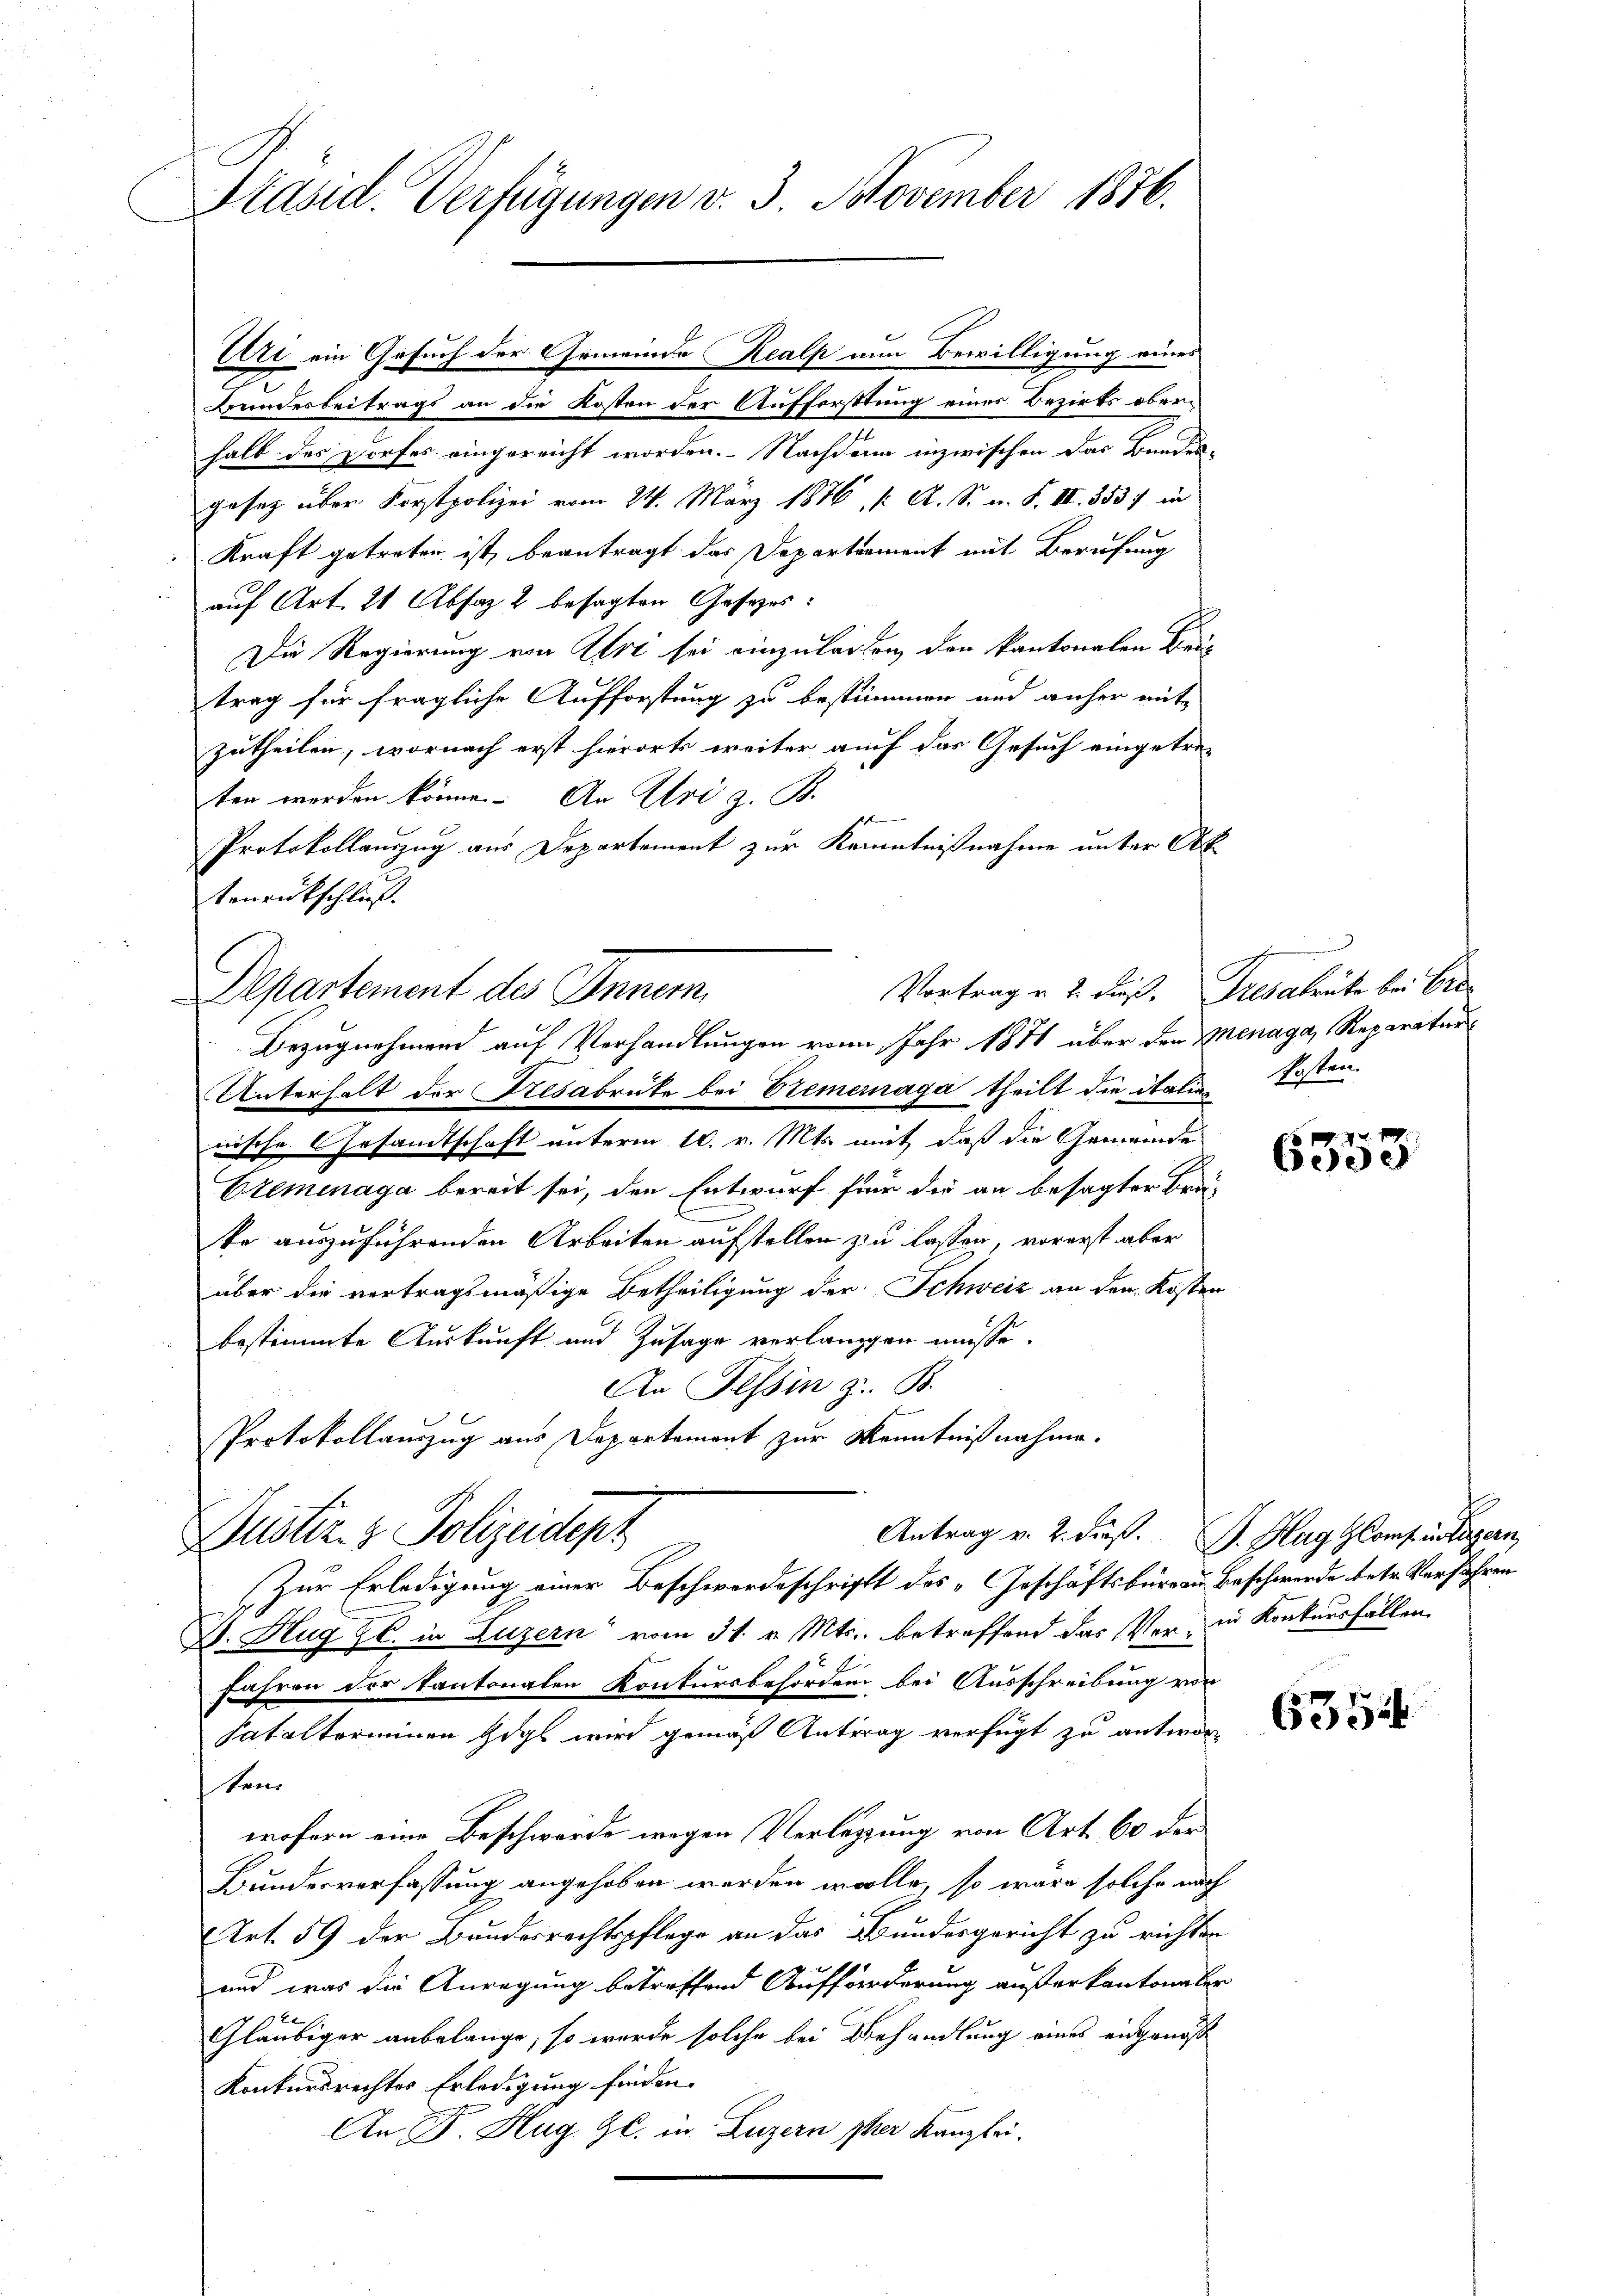
Präsid. Verfügungen v. 3. November 1876.

Uzi ein Gesuch der Gemeinde Realp nun Bewilligung eines
Bundesbeitrags an die Kosten der Aufforsttung eines Bezirks oberhalb des Dorfes eingereicht worden. Nachdem inzwischen das Bandes-
gesetz über Forstpolizei vom 24. März 1876, /: A. S. u. S. II. 3537 in
Kraft getreten ist, beantragt das Departement mit Berufung
auf Art. 21 Absaz 2 besagten Gesetzes:
Die Regierung von Art sei einzulagen den kantonalen Bautrag für fragliche Aufforstung zu bestimmen und anher mit
zutheilen, wornach erst hierorts weiter auch das Gesuch eingetre-
ten werden könne. An Uri z. B.
Protokollauszug aus Departement zur Kenntnißnahme unter Ak
tenrückschließ.
Departement des Inner
Unterhalt der Resabrüte bei Elemernaga theilt die italien
nische Gesandtschaft unterm 10. v. Mts. mit daß die Gemeinde
Eremenaga bereit sei, den Entwurf für die an besagter Bräte auszuführenden Arbeiten aufstellen zu lassen, vorerst aber
über die vertragsmäßige Betheiligung der Schweiz an den Kosten
bestimmte Auskunft und Zusage verlangen müsse.
An Tessin z. B.
Protokollauszug aus Departement zur Kenntnißnahme.
Antrag v. 2. dieß. G. Hag GComp. instigern,
Justiz & Polizeidept
Zur Erledigung einer Beschwerdeschrift des „Geschäftsbürger Beschwerde betr. Verfahren
D. Hug Gl. in Luzern vom 31. v. Mts., betreffend das Ver- in Konkursfällen
f
Jahren der Kantonalen Konkursbehörden bei Ausschreibung von
Satalterminen Gogl wird gemäß Antrag verfügt zu antworten
wofern eine Beschwerde wegen Verlegung von Art. 60 der
Bundesverfassung angehoben werden wolle, so wäre solche nach
Art. 59 der Bundesrechtspflege an das Bundesgericht zu richten
und was die Anregung betreffend Aufforderung außerkantonaler
Gläubiger anbelange, so wurde solche bei Behandlung eines eingenoß
Konkursrechtes Erledigung finden.
An F. Hug Gl. in Luzern per Kanzlei.

Bezugnehmend auf Verhandlungen vom Jahr 1871 über den Menaga, Reparatur

Vortrag u. 2. Fuß. Gresakrute bei Bre
kosten

xx
ede

6354